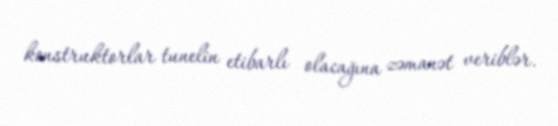
konstruktorlar tunelin etibarlı olacağına zəmanət veriblər.